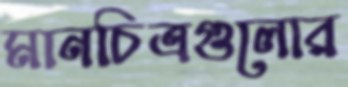
মানচিত্রগুলোর